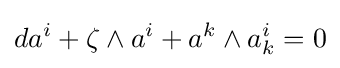
da^{i}+\zeta \wedge a^{i}+a^{k}\wedge a_{k}^{i}=0